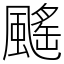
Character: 䬙